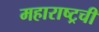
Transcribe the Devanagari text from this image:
महाराष्ट्रची